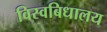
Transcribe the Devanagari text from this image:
विस्वबिधालय